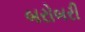
બરોબરી